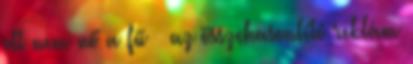
ott nem nő a fű – az összehasonlító reklám